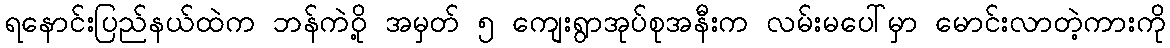
ရနောင်းပြည်နယ်ထဲက ဘန်ကဲဝို့ အမှတ် ၅ ကျေးရွာအုပ်စုအနီးက လမ်းမပေါ်မှာ မောင်းလာတဲ့ကားကို